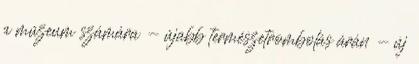
a múzeum számára - újabb természetrombolás árán - új